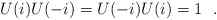
\begin{align*}U(i) U(-i) = U(-i) U(i) = 1\ \ . \end{align*}